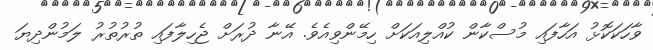
ވާހަކަކޮޅު އަހާފައި މުސްކާން ކުއްލިއަކަށް ހިމޭންވިއެވެ. އޭނާ ދުރަށް ޖެހިލާފައި ތުރުތުރު ލަމުންދިޔަ